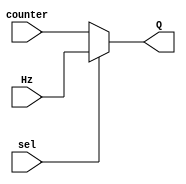
module mux (  input wire sel, input wire counter, input wire Hz,
              output reg Q  );

  always@*
  if (sel == 0)
    begin
      Q = counter;
    end
  else
      Q = Hz;
endmodule